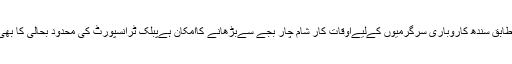
ذرائع کے مطابق سندھ کاروباری سرگرمیوں کےلیےاوقات کار شام چار بجے سےبڑھانے کاامکان ہےپبلک ٹرانسپورٹ کی محدود بحالی کا بھی امکان ہے ۔